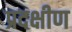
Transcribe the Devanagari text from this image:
प्रदक्षीण